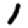
Digit: 1